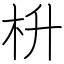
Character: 枡